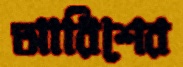
আরিশের